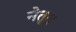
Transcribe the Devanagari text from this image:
नेतृत